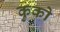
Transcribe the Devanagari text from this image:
कुको